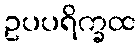
ဥပပရိက္ခထ